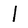
Character: l